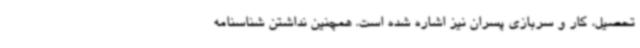
تحصیل، کار و سربازی پسران نیز اشاره شده است. همچنین نداشتن شناسنامه